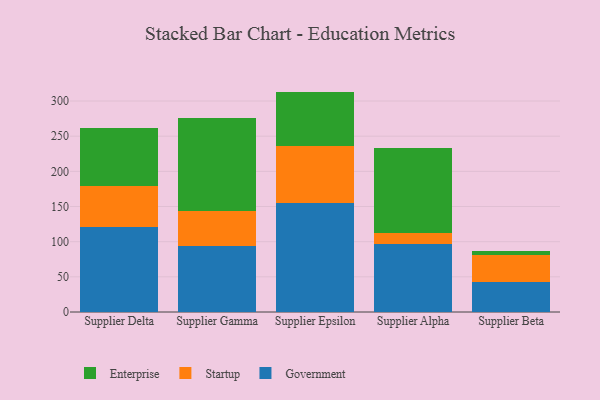
{"axis": {"x": "Supplier", "y": "Market Share (%)"}, "legend": ["Enterprise", "Government", "Startup"], "data": [{"x": "Supplier Delta", "y": 121.5, "type": "Government"}, {"x": "Supplier Delta", "y": 57.1, "type": "Startup"}, {"x": "Supplier Delta", "y": 82.5, "type": "Enterprise"}, {"x": "Supplier Gamma", "y": 94.0, "type": "Government"}, {"x": "Supplier Gamma", "y": 49.1, "type": "Startup"}, {"x": "Supplier Gamma", "y": 132.1, "type": "Enterprise"}, {"x": "Supplier Epsilon", "y": 155.6, "type": "Government"}, {"x": "Supplier Epsilon", "y": 80.6, "type": "Startup"}, {"x": "Supplier Epsilon", "y": 77.2, "type": "Enterprise"}, {"x": "Supplier Alpha", "y": 96.0, "type": "Government"}, {"x": "Supplier Alpha", "y": 16.2, "type": "Startup"}, {"x": "Supplier Alpha", "y": 121.4, "type": "Enterprise"}, {"x": "Supplier Beta", "y": 42.0, "type": "Government"}, {"x": "Supplier Beta", "y": 38.9, "type": "Startup"}, {"x": "Supplier Beta", "y": 6.1, "type": "Enterprise"}]}